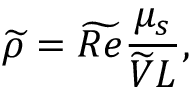
\widetilde { \rho } = \widetilde { R e } \frac { \mu _ { s } } { \widetilde { V } L } ,